Proceedings of the meeting of veterinary officers in India
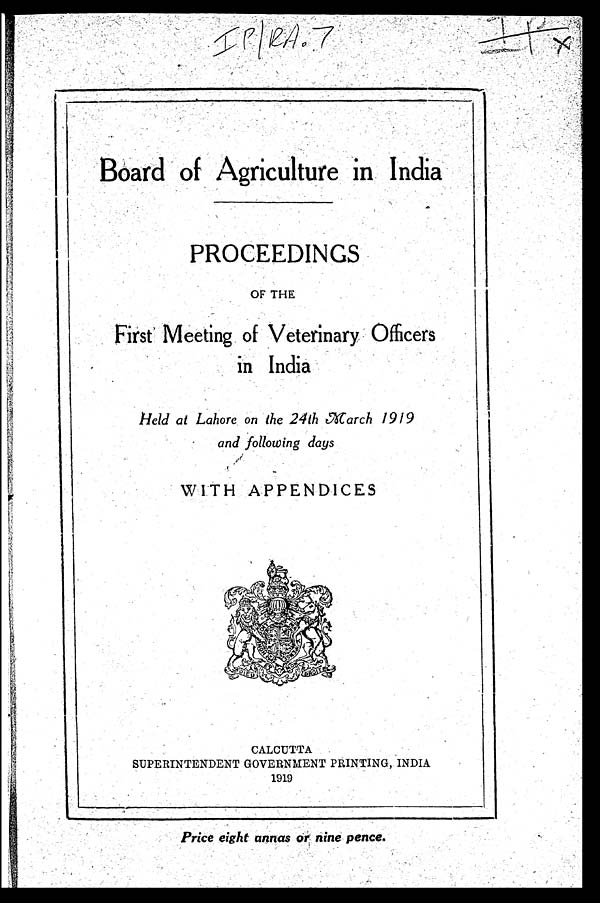
Board of Agriculture in India
PROCEEDINGS
OF THE
First Meeting of Veterinary Officers
in India
Held at Lahore on the 24th March 1919
and following days
WITH APPENDICES
CALCUTTA
SUPERINTENDENT GOVERNMENT PRINTING, INDIA
1919
Price eight annas or nine pence.